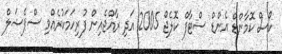
ކޯސް ކޮމާންޑް އެންޑް ސްޓާފް ކޮލެޖް 2005 އަދި ރާއްޖެއިން ފުރިހަމަކުރެއްވި ސްޕެޝަލް